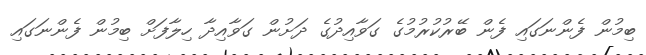
ބިމުން ފެންނަގައި ފެން ބޭރުކުރުމުގެ ގަވާއިދުގެ ދަށުން ގަވާއިދާ ހިލާފަށް ބިމުން ފެންނަގައި